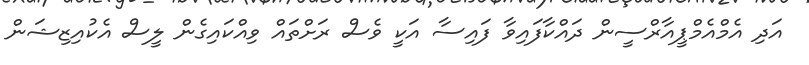
އަދި އެމްއެމްޕީއާރްސީން ދައްކާފައިވާ ފައިސާ އަކީ ވެސް ރަށްތައް ވިއްކައިގެން ލީސް އެކުއިޒިޝަން